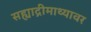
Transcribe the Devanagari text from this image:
सह्याद्रीमाथ्यावर